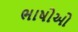
ભાષોઓ